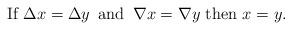
LaTeX: \begin{align*}\mbox{If }\Delta x=\Delta y\,\,\, \mbox{and}\,\,\, \nabla x = \nabla y \mbox{ then } x=y.\end{align*}